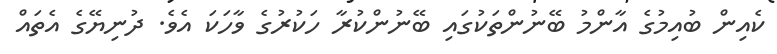
ކެއިން ބުއިމުގެ އާންމު ބޭނުންތަކުގައި ބޭނުންކުރާ ހަކުރުގެ ވާހަކަ އެވެ. ދުނިޔޭގެ އެތައް